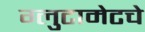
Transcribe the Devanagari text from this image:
ग्लुटामेटचे